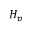
H _ { p }